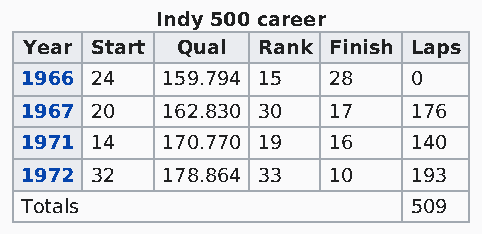
Indy 500 career
 Year Start Qual Rank Finish Laps
 1966 24   159.794 15 28   0
 1967 20   162.830 30 17   176
 1971 14   170.770 19 16   140
 1972 32   178.864 33 10   193
 Totals                    509